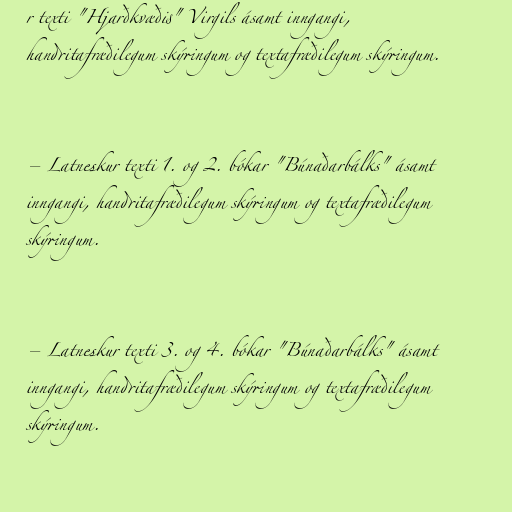
r texti "Hjarðkvæðis" Virgils ásamt inngangi,
handritafræðilegum skýringum og textafræðilegum skýringum.

– Latneskur texti 1. og 2. bókar "Búnaðarbálks" ásamt
inngangi, handritafræðilegum skýringum og textafræðilegum
skýringum.

– Latneskur texti 3. og 4. bókar "Búnaðarbálks" ásamt
inngangi, handritafræðilegum skýringum og textafræðilegum
skýringum.